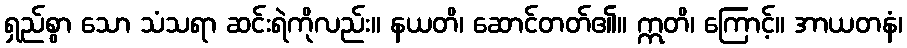
ရှည်စွာ သော သံသရာ ဆင်းရဲကိုလည်း။ နယတိ၊ ဆောင်တတ်၏။ ဣတိ၊ ကြောင့်။ အာယတနံ၊